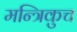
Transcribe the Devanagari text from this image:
मन्त्रिकुच